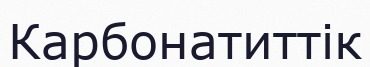
Карбонатиттік